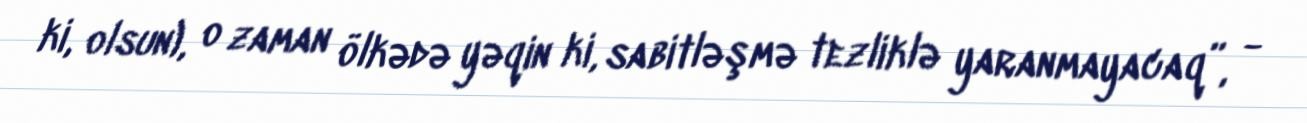
ki, olsun), o zaman ölkədə yəqin ki, sabitləşmə tezliklə yaranmayacaq”, -